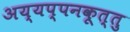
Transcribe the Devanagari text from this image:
अय्यप्पनकूत्तु